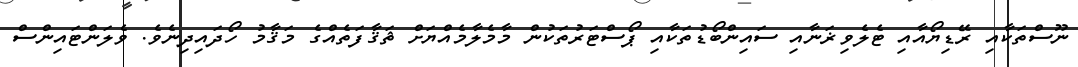
ނޫސްތަކާއި ރޭޑިޔޯއާއި ޓެލެވިޜަނާއި ސައިންބޯޑުތަކާއި ޕޯސްޓަރުތަކުން މާމެލާމެއްޔަށް ޘަޤާފަތެއްގެ މަޤާމު ހޯދައިދިނެވެ. ވެލަންޓައިންސް